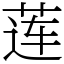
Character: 莲